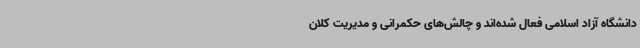
دانشگاه آزاد اسلامی فعال شده‌اند و چالش‌های حکمرانی و مدیریت کلان